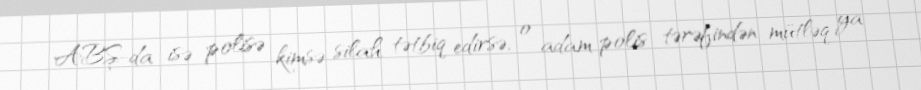
ABŞ-da isə polisə kimsə silah tətbiq edirsə, o adam polis tərəfindən mütləq ya